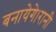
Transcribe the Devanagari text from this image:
बनायेगे।रानी